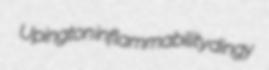
Upington inflammability dingy